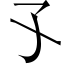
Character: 孓